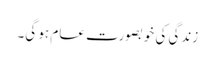
زندگی کی خوبصورت عام ہو گی۔